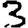
Digit: 3